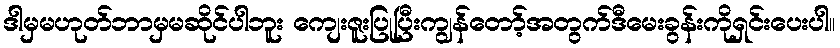
ဒါမှမဟုတ်ဘာမှမဆိုင်ပါဘူး ကျေးဇူးပြုပြီးကျွန်တော့်အတွက်ဒီမေးခွန်းကိုရှင်းပေးပါ။